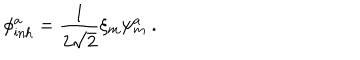
\phi _ { \mathrm { i n h } } ^ { a } = \frac { 1 } { 2 \sqrt { 2 } } \xi _ { m } \psi _ { m } ^ { a } ~ .